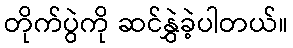
တိုက်ပွဲကို ဆင်နွှဲခဲ့ပါတယ်။